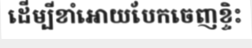
ដើម្បីខាំអោយបែកចេញខ្ទិះ